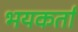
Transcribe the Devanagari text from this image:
भयकर्ता